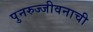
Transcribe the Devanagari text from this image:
पुनरुज्जीवनाची